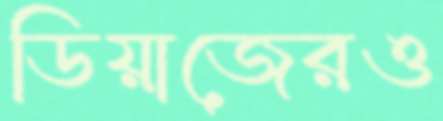
ডিয়াজেরও